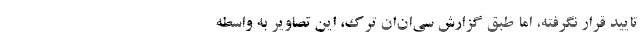
تایید قرار نگرفته، اما طبق گزارش سی‌ان‌ان ترک، این تصاویر به واسطه